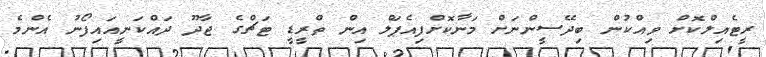
ރީޓެއިލްކޮށް ވިއްކުން ބިދޭސީންނަށް މަނާކޮށްފިއެޕަލް އިން ތްރީޑީ ޓަޗްގެ ޖާދޫ ދައްކަނީއައިފޯނު އެންމެ